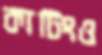
কাটিংও